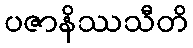
ပဇာနိဿသီတိ